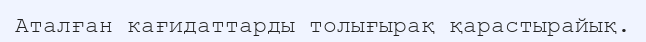
Аталған кағидаттарды толығырақ қарастырайық.